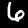
Label: 6